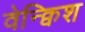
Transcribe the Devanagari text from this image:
वेन्क्विश